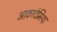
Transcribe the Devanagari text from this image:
आकादेमिया